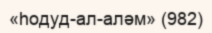
«һодуд-ал-аләм» (982)